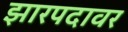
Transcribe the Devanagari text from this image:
झारपदावर